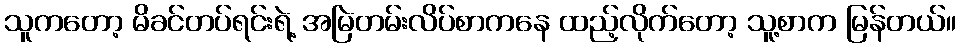
သူကတော့ မိခင်တပ်ရင်းရဲ့ အမြဲတမ်းလိပ်စာကနေ ထည့်လိုက်တော့ သူ့စာက မြန်တယ်။